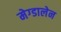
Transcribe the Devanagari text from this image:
मेग्डालेन